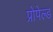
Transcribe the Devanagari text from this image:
प्रोपेल्ड